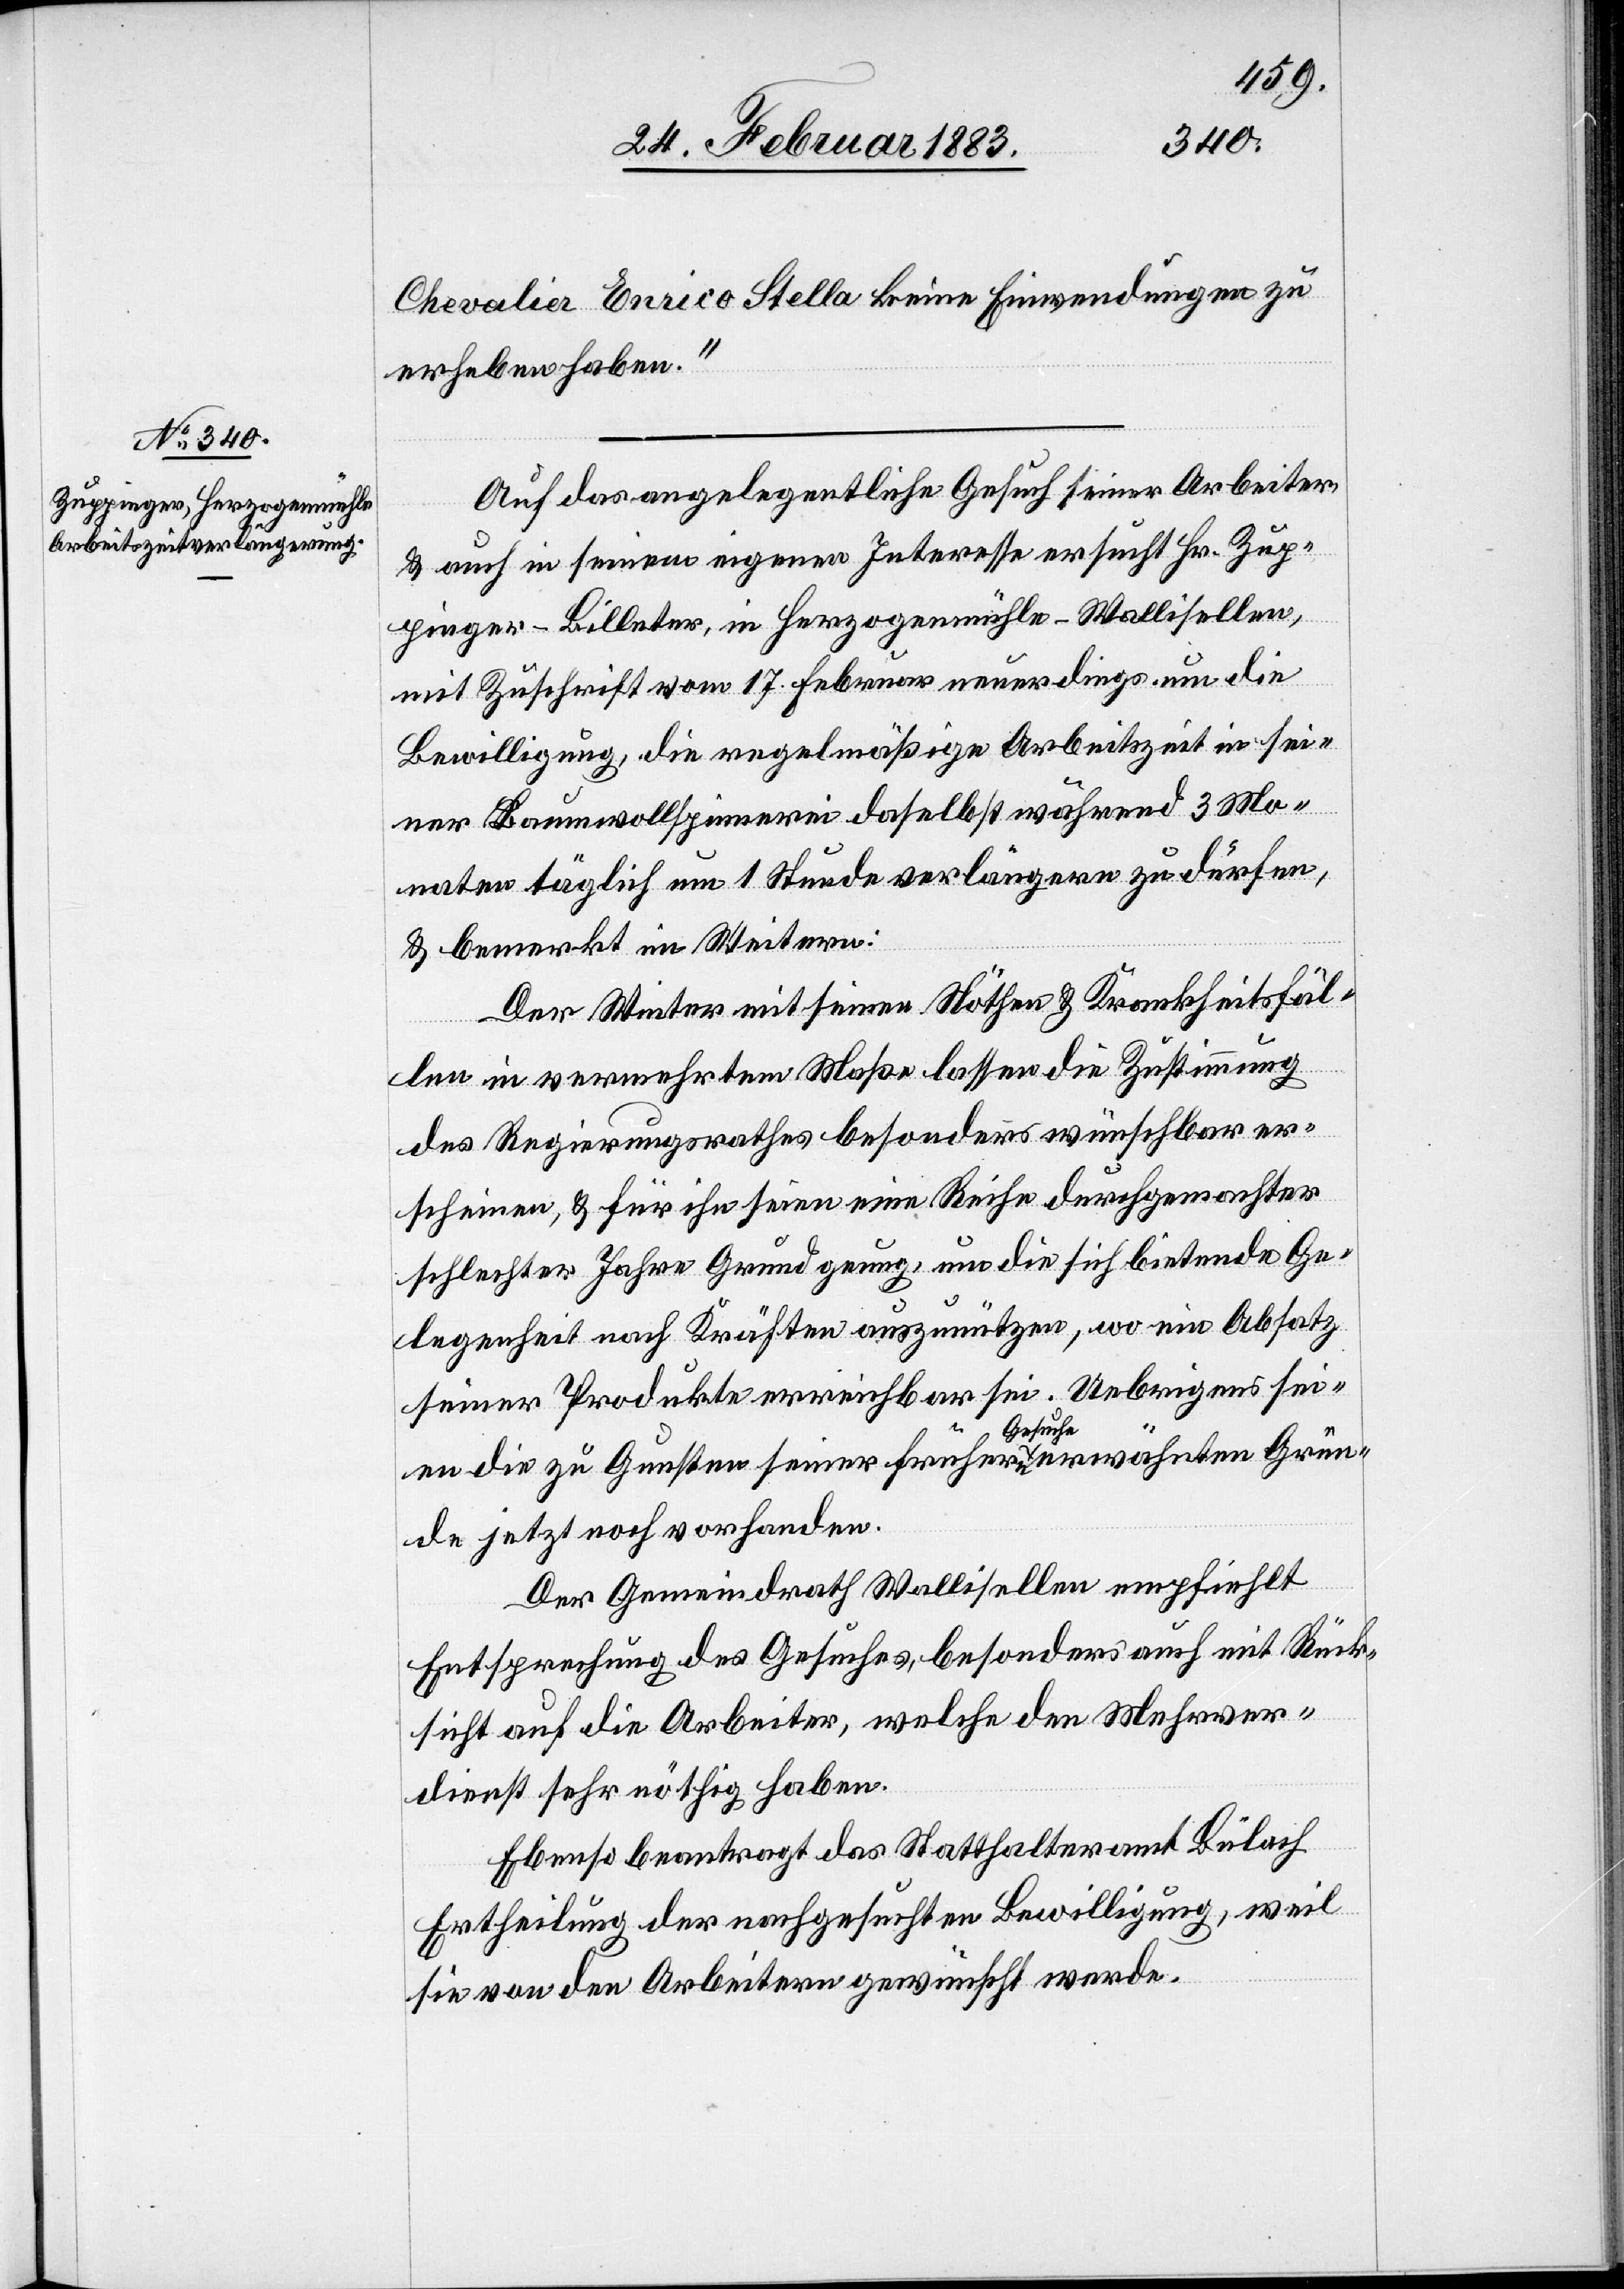
Chevalier Enrico Stella keine Einwendungen zu
erheben haben.“
Auf das angelegentliche Gesuch seiner Arbeiter
& auch in seinem eigenen Interesse ersucht Hr. Zup¬
pinger-Billeter, in Herzogenmühle - Wallisellen,
mit Zuschrift vom 17. Februar neuerdings um die
Bewilligung, die regelmäßige Arbeitszeit in sei¬
ner Baumwollspinnerei daselbst während 3 Mo¬
naten täglich um 1 Stunde verlängern zu dürfen,
& bemerkt im Weitern:
Der Winter mit seinen Nöthen & Krankheitsfäl¬
len in vermehrtem Maße lassen [sic!] die Zustimmung
des Regierungsrathes besonders wünschbar er¬
scheinen, & für ihn seien eine Reihe durchgemachter
schlechter Jahre Grund genug, um die sich bietende Ge¬
legenheit nach Kräften auszunützen, wo ein Absatz
seiner Produkte erreichbar sei. Uebrigens sei¬
en die zu Gunsten seiner frühern Gesuche erwähnten Grün¬
de jetzt noch vorhanden.
Der Gemeindrath Wallisellen empfiehlt
Entsprechung des Gesuches, besonders auch mit Rück¬
sicht auf die Arbeiter, welche den Mehrver¬
dienst sehr nöthig haben.
Ebenso beantragt das Statthalteramt Bülach
Ertheilung der nachgesuchten Bewilligung, weil
sie von den Arbeitern gewünscht werde.